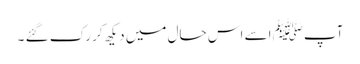
آپﷺ اسے اس حال میں دیکھ کر رک گئے ۔